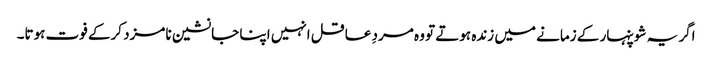
اگر یہ شوپنہار کے زمانے میں زندہ ہوتے تو وہ مردِ عاقل انہیں اپنا جانشین نامزد کرکے فوت ہوتا۔